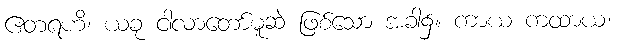
ဧတရဟိ၊ ယခု ငါလာတော်မူဆဲ ဖြစ်သော အခါ၌။ ကာယ ကထာယ၊